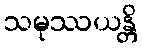
သမုဿယန္တိ